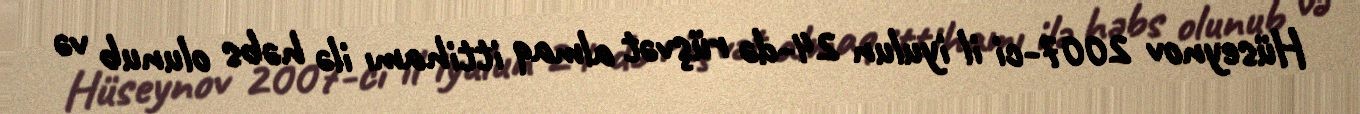
Hüseynov 2007-ci il iyulun 24-də rüşvət almaq ittihamı ilə həbs olunub və